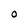
Character: 0